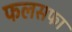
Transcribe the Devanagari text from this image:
फलसफा